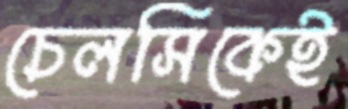
চেলসিকেই